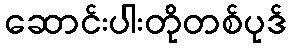
ဆောင်းပါးတိုတစ်ပုဒ်